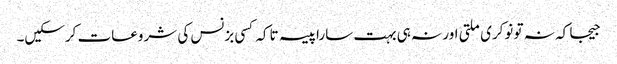
جیجا کہ نہ تو نوکری ملتی اور نہ ہی بہت سارا پیسہ تاکہ کسی بزنس کی شروعات کرسکیں۔